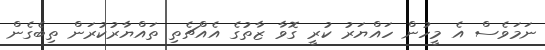
ނަމަވެސް އެ މީހުން ހައްޔަރު ކުރީ ގޮވާ ޒާތުގެ އެއްޗެތި ތައްޔާރުކުރަން ތިބެގެން